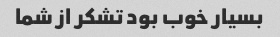
بسیار خوب بود تشکر از شما